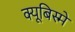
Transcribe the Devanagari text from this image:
क्यूबिस्मे